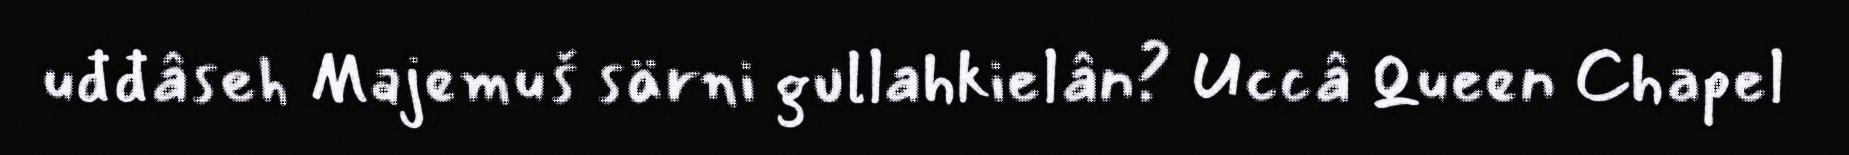
uđđâseh Majemuš särni gullahkielân? Uccâ Queen Chapel